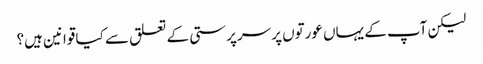
لیکن آپ کے یہاں عورتوں پر سرپرستی کے تعلق سے کیا قوانین ہیں؟